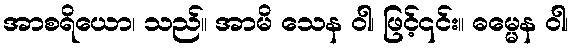
အာစရိယော၊ သည်။ အာမိ သေန ဝါ၊ ဖြင့်၎င်း။ ဓမ္မေန ဝါ၊